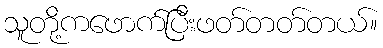
သူတို့ကဖောက်ပြီးဖတ်တတ်တယ်။